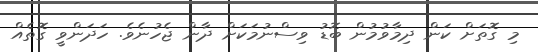
މި ގޮތަށް ކަން ދިމާވުމުން ބޮޑު ވިސްނުމަކަށް ދާން ޖެހުނެވެ. ހަދަންވީ ގޮތެއް